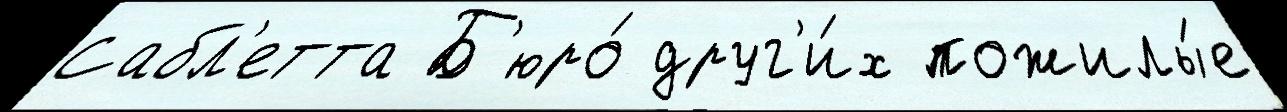
Сабл'етта Б'юро́ друг'и́х пожилы́е